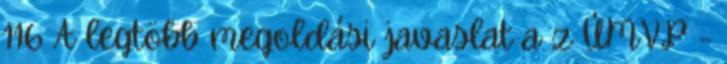
116 A legtöbb megoldási javaslat a z ÚMVP -